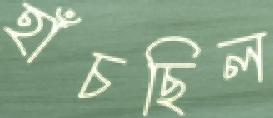
হাঁচছিল